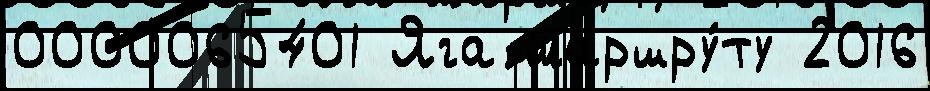
0000065401 Яга маршру́ту 2016